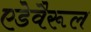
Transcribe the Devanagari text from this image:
एडेवैरूल